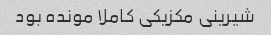
شیرینی مکزیکی کاملا مونده بود